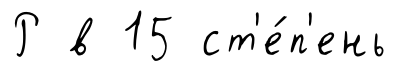
Р в 15 ст'е́п'ень